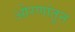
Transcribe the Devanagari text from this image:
ओरणांतून